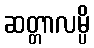
ဆတ္တာလမ္ပိ